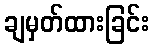
ချမှတ်ထားခြင်း